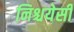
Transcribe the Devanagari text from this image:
निश्चयेसी